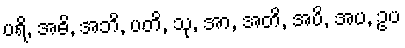
ပရိ, အဓိ, အဘိ, ပတိ, သု, အာ, အတိ, အပိ, အပ, ဥပ